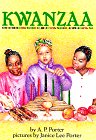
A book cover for Kwanzaa (On My Own Books); A. P. Porter; Children's Books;